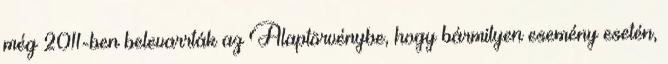
még 2011-ben belevarrták az Alaptörvénybe, hogy bármilyen esemény esetén,